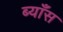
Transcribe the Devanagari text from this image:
ब्याँस